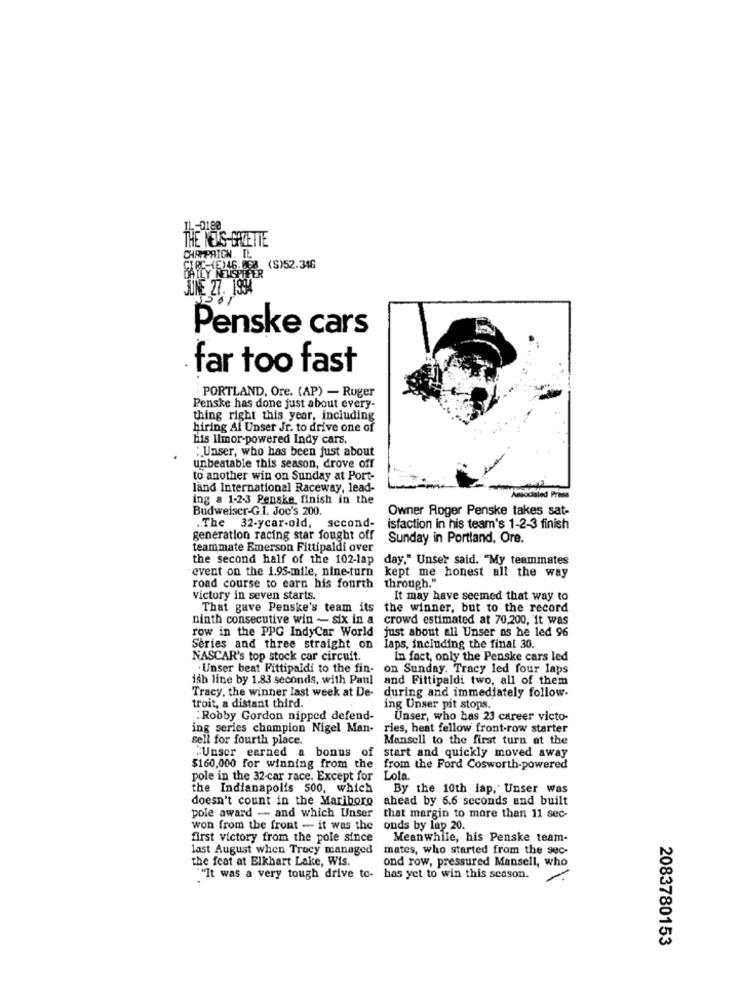
THE TOUS-GAZETTE
CHAMPAIGN. IL.
CIRC-(E)46.098 (S)52.346
ILY RETSPIPER
JUNE 27. 1994
Penske cars
far too fast
PORTLAND, Ore. (AP) - Ruger
Penske has done just about every-
thing right this year, including
hiring Al Unser Jr. to drive one of
bis Ilmor-powered Indy cars.
Unser, who has been just about
unbeatable this season, drove off
to another win on Sunday at Port-
land International Raceway, lead-
ing a 1-2-3 Penske finish in the
Budweiser-G.I. Joe's 200.
Owner Roger Penske takes sat-
.. The 32-year-old, second-
isfaction in his team's 1-2-3 finish
generation racing star fought off
Sunday in Portland, Ore.
teammate Emerson Fittipaldi over
the second half of the 102-1ap
day," Unser said. "My teammates
event on the 1.95-mile, nine-turn
kept me honest all the way
through."
road course to earn his fourth
victory in seven starts.
It may have seemed that way to
That gave Penske's team its
the winner, but to the record
ninth consecutive win - six in a crowd estimated at 70,200, it was
row in the PPG IndyCar World
just about all Unser as he led 96
Series and three straight on
laps, including the final 30.
NASCAR's top stock car circuit.
In fact, only the Penske cars led
.Unser beat Fittipaldi to the fin-
on Sunday. Tracy led four laps
ish line by 1.83 seconds, with Patil
and Fittipaldi two, all of them
Tracy, the winner last week at De-
troit, a distant third.
during and immediately follow-
ing Unser pit stops,
"Robby Gordon nipped defend-
Unser, who has 23 career victo-
ing series champion Nigel Man-
ries, heat fellow front-row starter
sell for fourth place.
Mansell to the first turn at the
"Unser earned a bonus of
start and quickly moved away
$160,000 for winning from the
from the Ford Cosworth-powered
pole in the 32-car race. Except for
Lola.
the Indianapolis 500, which
By the 10th lap, Unser was
doesn't count in the Mariboro
ahead by 6.6 seconds and built
pole award - and which Unser
that margin to more than 11 sec-
won from the front - it was the
onds by lap 20.
first victory from the pole since
Meanwhile, his Penske team-
last August when Trocy managed
mates, who started from the sec-
the feat at Elkhart Lake, Wis.
ond row, pressured Mansell, who
""It was a very tough drive to-
has yet to win this season.
2083780153